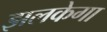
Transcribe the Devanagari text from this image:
झलकेगा